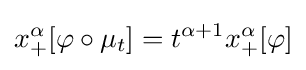
x_{+}^{\alpha }[\varphi \circ \mu _{t}]=t^{\alpha +1}x_{+}^{\alpha }[\varphi ]